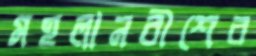
মহলানবীশের